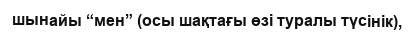
шынайы “мен” (осы шақтағы өзі туралы түсінік),